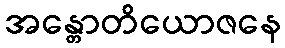
အန္တောတိယောဇနေ